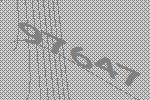
97647